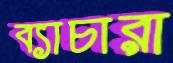
ব্যাচারা